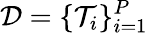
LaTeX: \mathcal{D}=\{ \mathcal{T}_{i}\} _{i=1}^{P}